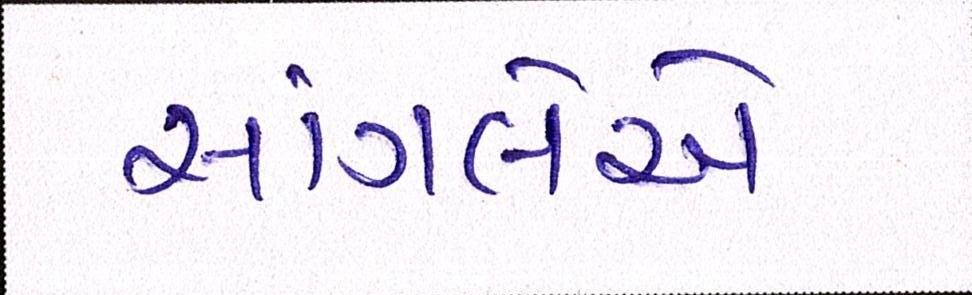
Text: સાંગલેએ